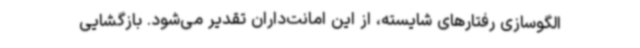
الگوسازی رفتارهای شایسته، از این امانت‌داران تقدیر می‌شود. بازگشایی